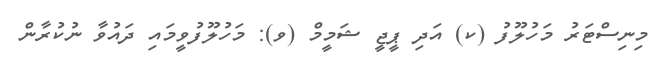
މިނިސްޓަރު މަހުލޫފު (ކ) އަދި ޕީޖީ ޝަމީމް (ވ): މަހުލޫފުވީމައި ދައުވާ ނުކުރާން